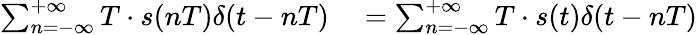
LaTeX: \begin{array}{rl}{\sum_{n=-\infty}^{+\infty}T\cdot s(nT)\delta(t-nT)}&{{}=\sum_{n=-\infty}^{+\infty}T\cdot s(t)\delta(t-nT)}\end{array}